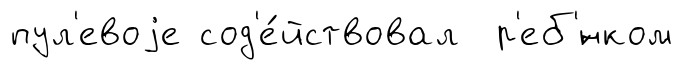
пул'евоjе сод'е́йствовал р'еб'́нком